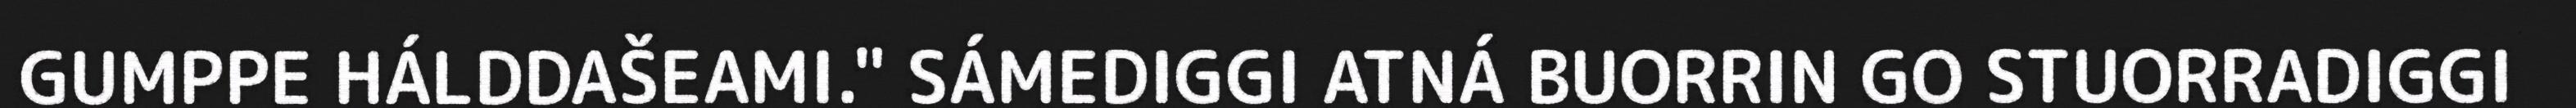
GUMPPE HÁLDDAŠEAMI." SÁMEDIGGI ATNÁ BUORRIN GO STUORRADIGGI